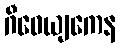
ဂီဝေယျကေန